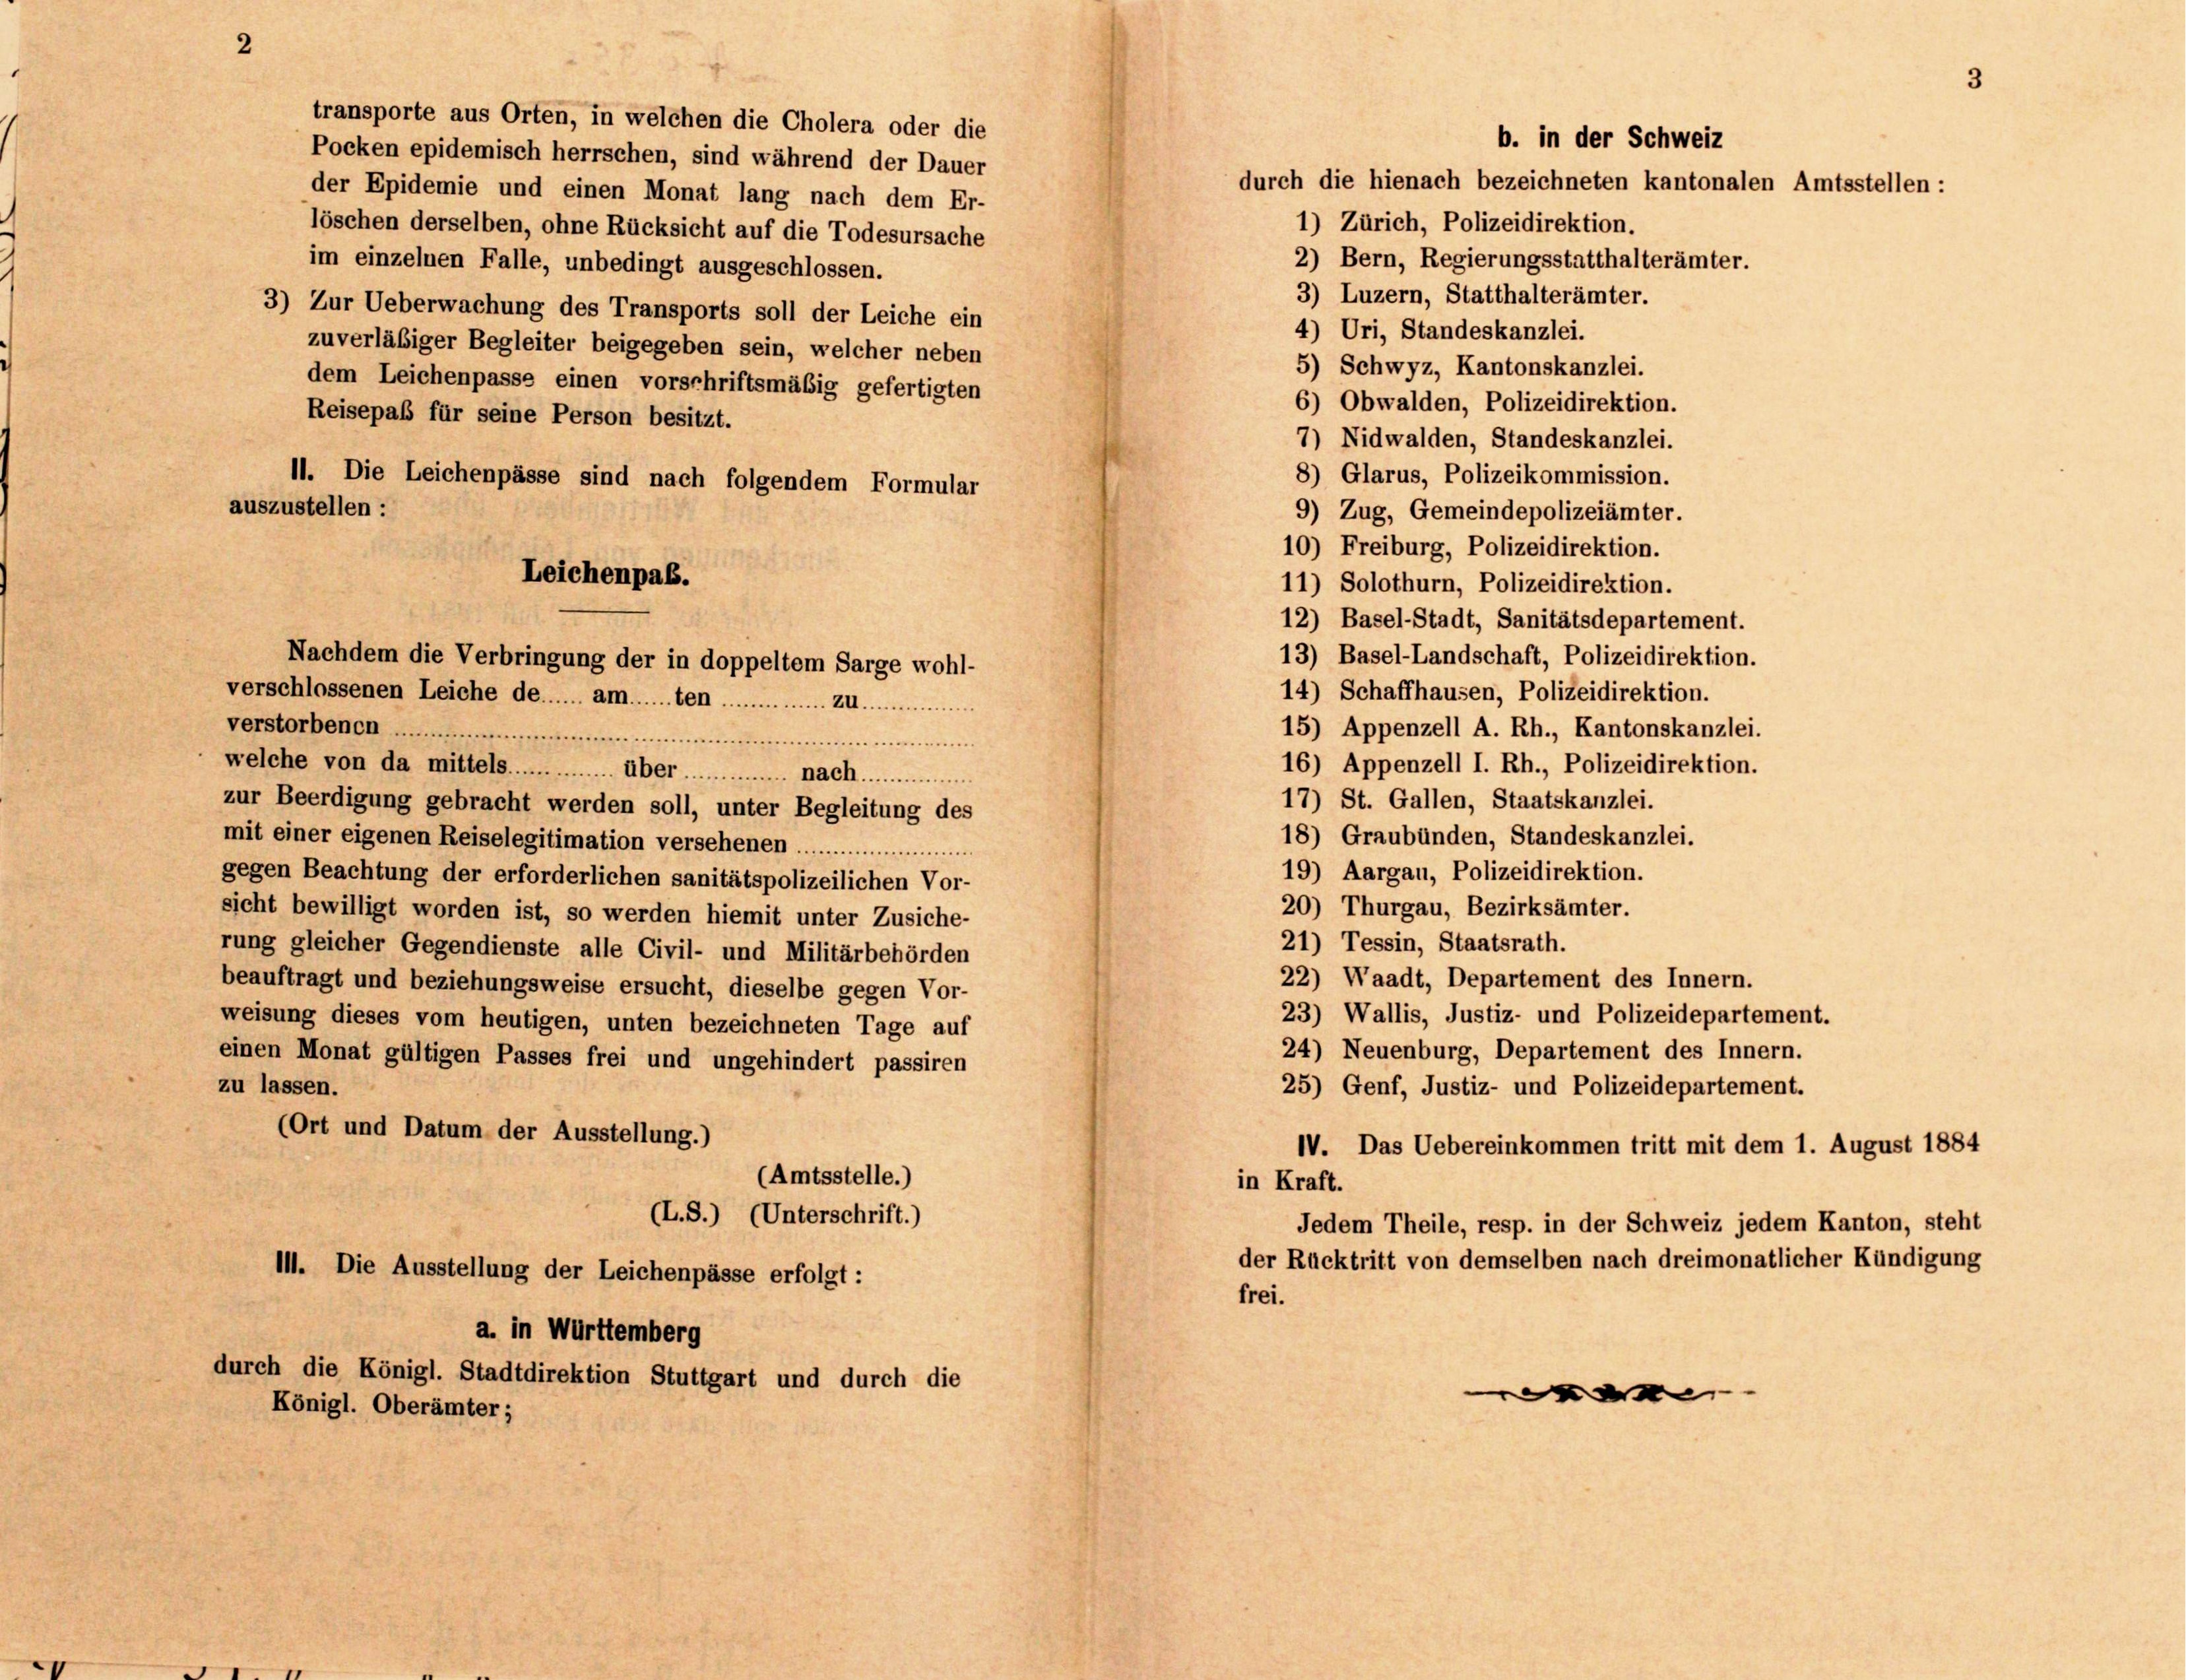
transporte aus Orten, in welchen die Cholera oder die
Pocken epidemisch herrschen, sind während der Dauer
durch die hienach bezeichneten kantonalen Amtsstellen:
der Epidemie und einen Monat lang nach dem Er-
1) Zürich, Polizeidirektion.
löschen derselben, ohne Rücksicht auf die Todesursache
2) Bern, Regierungsstatthalterämter.
im einzelnen Falle, unbedingt ausgeschlossen.
3) Luzern, Statthalterämter.
3) Zur Ueberwachung des Transports soll der Leiche ein
4) Uri, Standeskanzlei.
zuverläßiger Begleiter beigegeben sein, welcher neben
5) Schwyz, Kantonskanzlei.
dem Leichenpasse einen vorschriftsmäßig gefertigten
6) Obwalden, Polizeidirektion.
Reisepaß für seine Person besitzt.
7) Nidwalden, Standeskanzlei.
8) Glarus, Polizeikommission.
11. Die Leichenpässe sind nach folgendem Formular
auszustellen :
9) Zug, Gemeindepolizeiämter.
10) Freiburg, Polizeidirektion.
11) Solothurn, Polizeidirektion.
12) Basel-Stadt, Sanitätsdepartement.
13) Basel-Landschaft, Polizeidirektion.
Nachdem die Verbringung der in doppeltem Sarge wohl-
14) Schaffhausen, Polizeidirektion.
verschlossenen Leiche de...... am....... tenu
15) Appenzell A. Rh., Kantonskanzlei.
verstorbenen
16) Appenzell I. Rh., Polizeidirektion.
welche von da mittels. übernach
17) St. Gallen, Staatskanzlei.
zur Beerdigung gebracht werden soll, unter Begleitung des
18) Graubünden, Standeskanzlei.
mit einer eigenen Reiselegitimation versehenen ....................
19) Aargau, Polizeidirektion.
gegen Beachtung der erforderlichen sanitätspolizeilichen Vor-
20) Thurgau, Bezirksämter.
sicht bewilligt worden ist, so werden hiemit unter Zusiche-
21) Tessin, Staatsrath.
rung gleicher Gegendienste alle Civil- und Militärbehörden
22) Waadt, Departement des Innern.
beauftragt und beziehungsweise ersucht, dieselbe gegen Vor-
23) Wallis, Justiz- und Polizeidepartemer
weisung dieses vom heutigen, unten bezeichneten Tage auf
24) Neuenburg, Departement des Innern.
einen Monat gültigen Passes frei und ungehindert passiren
zu lassen.
25) Genf, Justiz- und Polizeidepartement.
(Ort und Datum der Ausstellung.)
IV. Das Uebereinkommen tritt mit dem 1
(Amtsstelle.)
in Kraft.
(L.S.) (Unterschrift.)
Jedem Theile, resp. in der Schweiz jedem Kanton, steht
der Rücktritt von demselben nach dreimonatlic
II. Die Ausstellung der Leichenpässe erfolgt:
frei.
a. in Württemberg
durch die Königl. Stadtdirektion Stuttgart und durch die
.
Königl. Oberämter;

Leichenpab.

b. in der Schweiz

.August 1884

her Kündigung